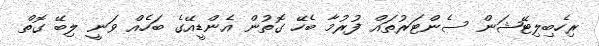
ރިހެބިލިޓޭޝަން ސެންޓަރުތައް ފުރުމާ ބެހޭ ގޮތުން އެންޑީއޭގެ ބަހެއް ވަނީ ލިބޭ ގޮތް